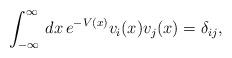
LaTeX: \begin{align*}\int_{-\infty}^{\infty}\,dx\,e^{-V\left( x\right)}v_i(x)v_j(x)=\delta_{ij},\end{align*}